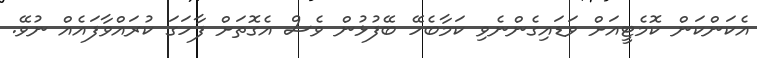
އެކަންކަން ކޮމެޓީއަށް ވަޑައިގެންނެވި ކަމާބެހޭ ބޭފުޅުން ވެސް އެގޮތަށް ފާހަގަ ކުރައްވާފައެއް ނުވޭ.